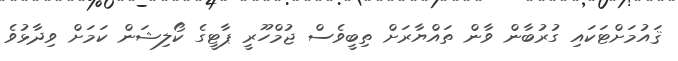
ޤައުމަށްޓަކައި ގުރުބާން ވާން ތައްޔާރަށް ތިބީވެސް ޖުމްހޫރީ ޕާޓީގެ ކޯލިޝަން ކަމަށް ވިދާޅުވެ